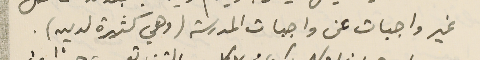
غير واجبات عن واجبات المدرسة (و هي كثيرة لديه)